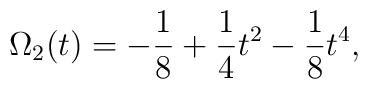
\Omega_{2}(t)=-{1\over 8}+{1\over 4}t^{2}-{1\over 8}t^{4},